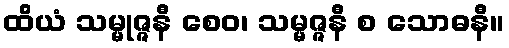
ထိယံ သမ္မုဇ္ဇနီ စေဝ၊ သမ္မဇ္ဇနီ စ သောဓနီ။